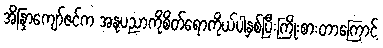
အိန္ဒြာကျော်ဇင်က အနုပညာကိုစိတ်ရောကိုယ်ပါနှစ်ပြီးကြိုးစားတာကြောင့်